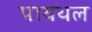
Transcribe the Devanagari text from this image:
पायथल